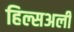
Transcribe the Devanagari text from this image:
हिल्सअर्ली